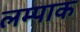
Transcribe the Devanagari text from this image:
लम्पाक